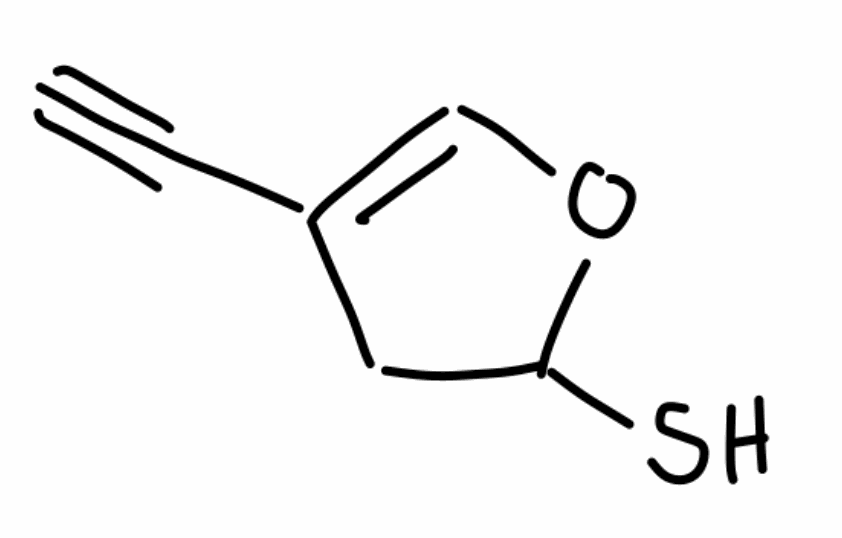
Simplified molecular-input line-entry system (SMILES) notation of the given molecule:
C#CC1=COC(C1)S